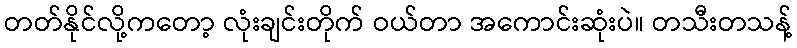
တတ်နိုင်လို့ကတော့ လုံးချင်းတိုက် ဝယ်တာ အကောင်းဆုံးပဲ။ တသီးတသန့်